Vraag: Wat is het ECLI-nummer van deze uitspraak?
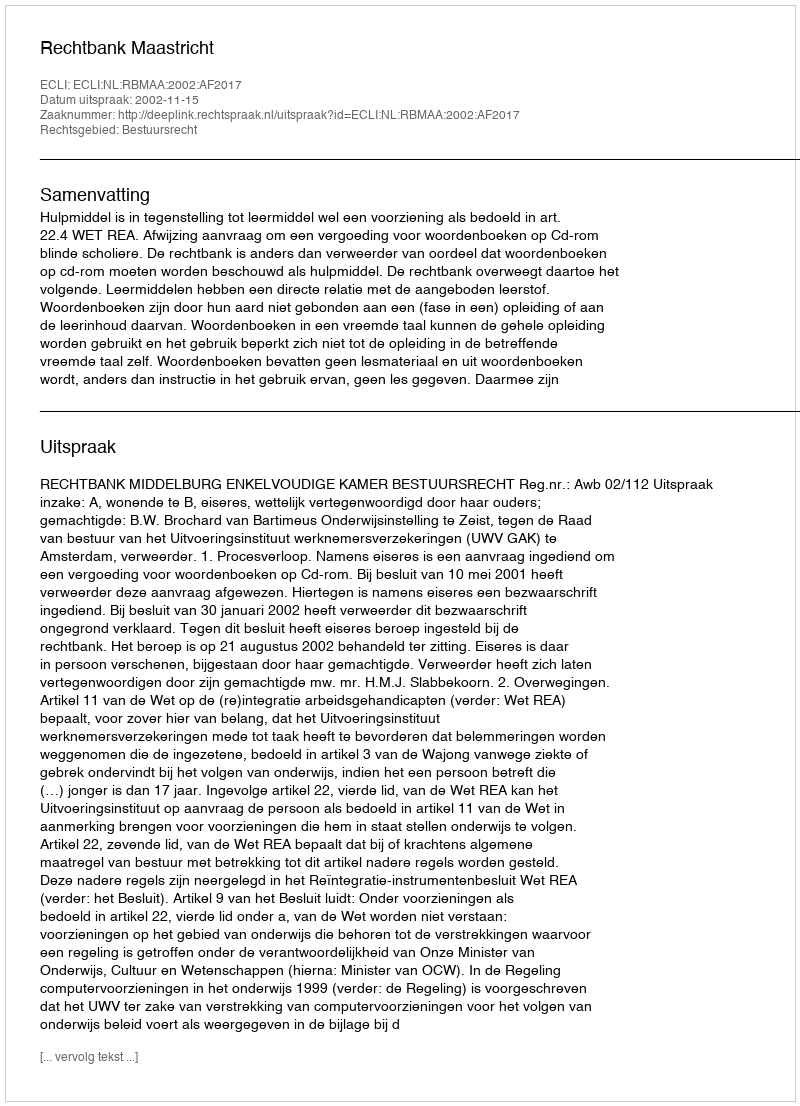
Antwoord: ECLI:NL:RBMAA:2002:AF2017